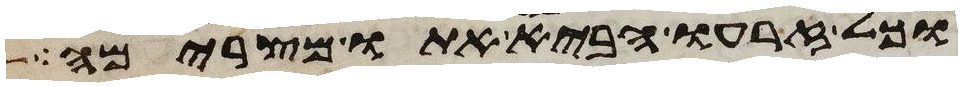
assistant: וכל זרעו הביא אתו מצרימה